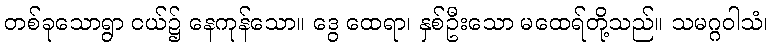
တစ်ခုသောရွာ ငယ်၌ နေကုန်သော။ ဒွေ ထေရာ၊ နှစ်ဦးသော မထေရ်တို့သည်။ သမဂ္ဂဝါသံ၊